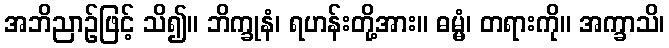
အဘိညာဉ်ဖြင့် သိ၍။ ဘိက္ခုနံ၊ ရဟန်းတို့အား။ ဓမ္မံ၊ တရားကို။ အက္ခာသိ၊